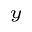
_ { _ y }